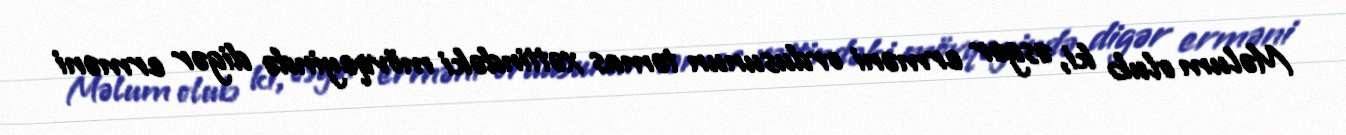
Məlum olub ki, əsgər erməni ordusunun təmas xəttindəki mövqeyində digər erməni